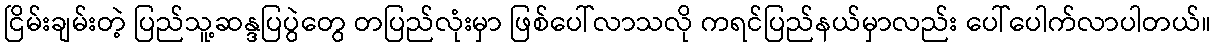
ငြိမ်းချမ်းတဲ့ ပြည်သူ့ဆန္ဒပြပွဲတွေ တပြည်လုံးမှာ ဖြစ်ပေါ်လာသလို ကရင်ပြည်နယ်မှာလည်း ပေါ်ပေါက်လာပါတယ်။